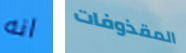
انه المقذوفات